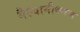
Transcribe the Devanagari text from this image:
गैल्वानीकरण